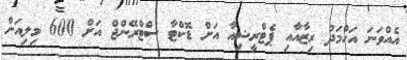
އެއްވަނަ އަހްމަދު ރިޒާއާއި ޕެޓްރީޝިއާ އަށް ޑޮކްޓާ ސްޓްރޭންޖް އަށް 600 މިލިއަން